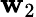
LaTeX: \mathbf{w}_{2}